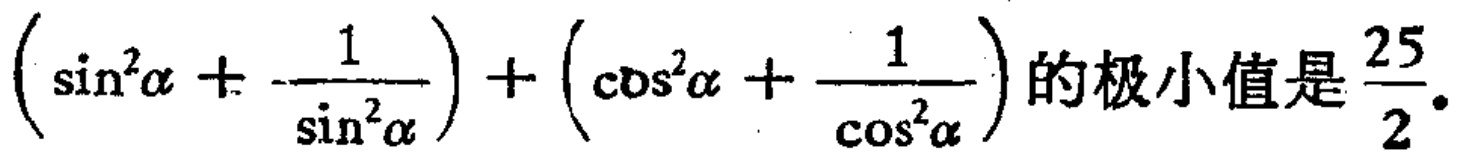
$\left(\sin^{2}\alpha+\frac{1}{\sin^{2}\alpha}\right)+\left(\cos^{2}\alpha+\frac{1}{\cos^{2}\alpha}\right)的极小值是\frac{25}{2}.$